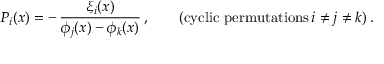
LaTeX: { \cal P } _ { i } ( x ) = - \, \frac { \xi _ { i } ( x ) } { \phi _ { j } ( x ) - \phi _ { k } ( x ) } \, , \qquad ( \mathrm { c y c l i c ~ p e r m u t a t i o n s } \, i \not = j \not = k ) \, .